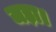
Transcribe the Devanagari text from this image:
जड़ा।